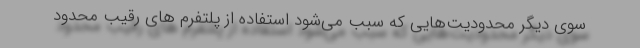
سوی دیگر محدودیت‌هایی که سبب می‌شود استفاده از پلتفرم های رقیب محدود